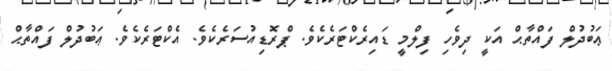
ޢަބުދުލް ފައްތާޙް އަކީ ދިވެހި ފިލްމީ ޑައިރެކްޓަރެކެވެ. ޕްރޮޑިއުސަރެކެވެ. އެެކްޓަރެކެވެ. ޢަބުދުލް ފައްތާޙް